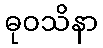
ဓုဝသိနာ